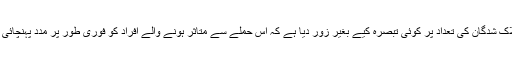
انہوں نے ہلاک شدگان کی تعداد پر کوئی تبصرہ کیے بغیر زور دیا ہے کہ اس حملے سے متاثر ہونے والے افراد کو فوری طور پر مدد پہنچائی جانا چاہیے۔